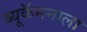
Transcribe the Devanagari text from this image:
ब्यूकॅननाला